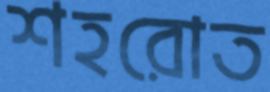
শহরোত